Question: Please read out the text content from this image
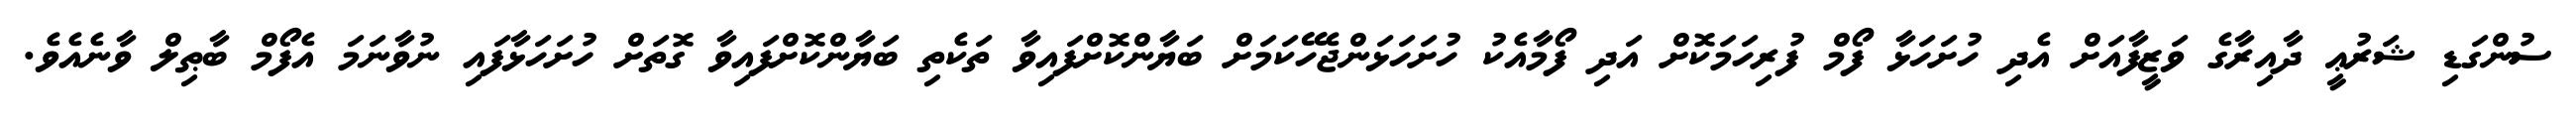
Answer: ސުންގަޑި ޝަރުޢީ ދާއިރާގެ ވަޒީފާއަށް އެދި ހުށަހަޅާ ފޯމް ފުރިހަމަކޮށް އަދި ފޯމާއެކު ހުށަހަޅަންޖެހޭކަމަށް ބަޔާންކޮށްފައިވާ ތަކެތި ބަޔާންކޮށްފައިވާ ގޮތަށް ހުށަހަޅާފައި ނުވާނަމަ އެފޯމް ބާޠިލް ވާނެއެވެ.